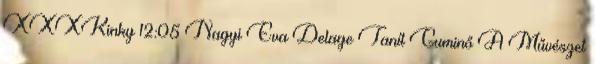
XXXKinky 12:05 Nagyi Eva Delage Tanít Guminő A Művészet